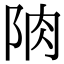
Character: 𨹌